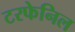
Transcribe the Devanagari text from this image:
टरफेनिल